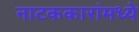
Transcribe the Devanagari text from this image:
नाटककारांमध्ये